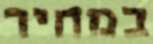
במחיר